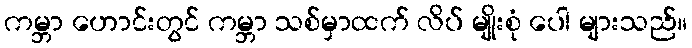
ကမ္ဘာ ဟောင်းတွင် ကမ္ဘာ သစ်မှာထက် လိပ် မျိုးစုံ ပေါ များသည်။